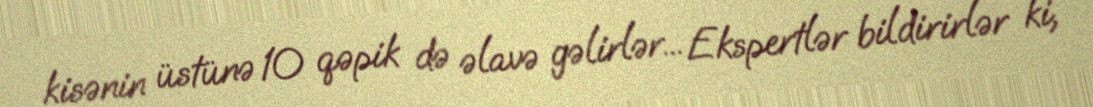
kisənin üstünə 10 qəpik də əlavə gəlirlər... Ekspertlər bildirirlər ki,